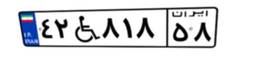
۹۹W۷۰۱۹۴